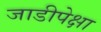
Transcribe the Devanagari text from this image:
जाडीपेक्षा